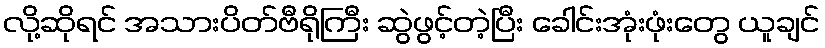
လို့ဆိုရင် အသားပိတ်ဗီရိုကြီး ဆွဲဖွင့်တဲ့ပြီး ခေါင်းအုံးဖုံးတွေ ယူချင်